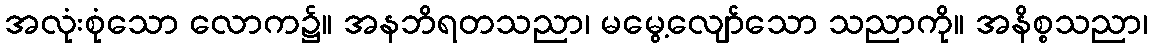
အလုံးစုံသော လောက၌။ အနဘိရတသညာ၊ မမွေ့လျော်သော သညာကို။ အနိစ္စသညာ၊